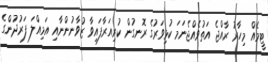
ޓީމެއް މިހާރު ރާއްޖެ އަތުވެއްޖެނަމަ ކުޅިވަރުގެ ރޮނގުން ކުރިއަރާފައިވާ ޒުވާނުންނާއި އަމިއްލަ ފަރުދުންގެ